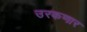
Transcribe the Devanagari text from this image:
उरकणार